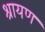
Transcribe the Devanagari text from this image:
श्रायण